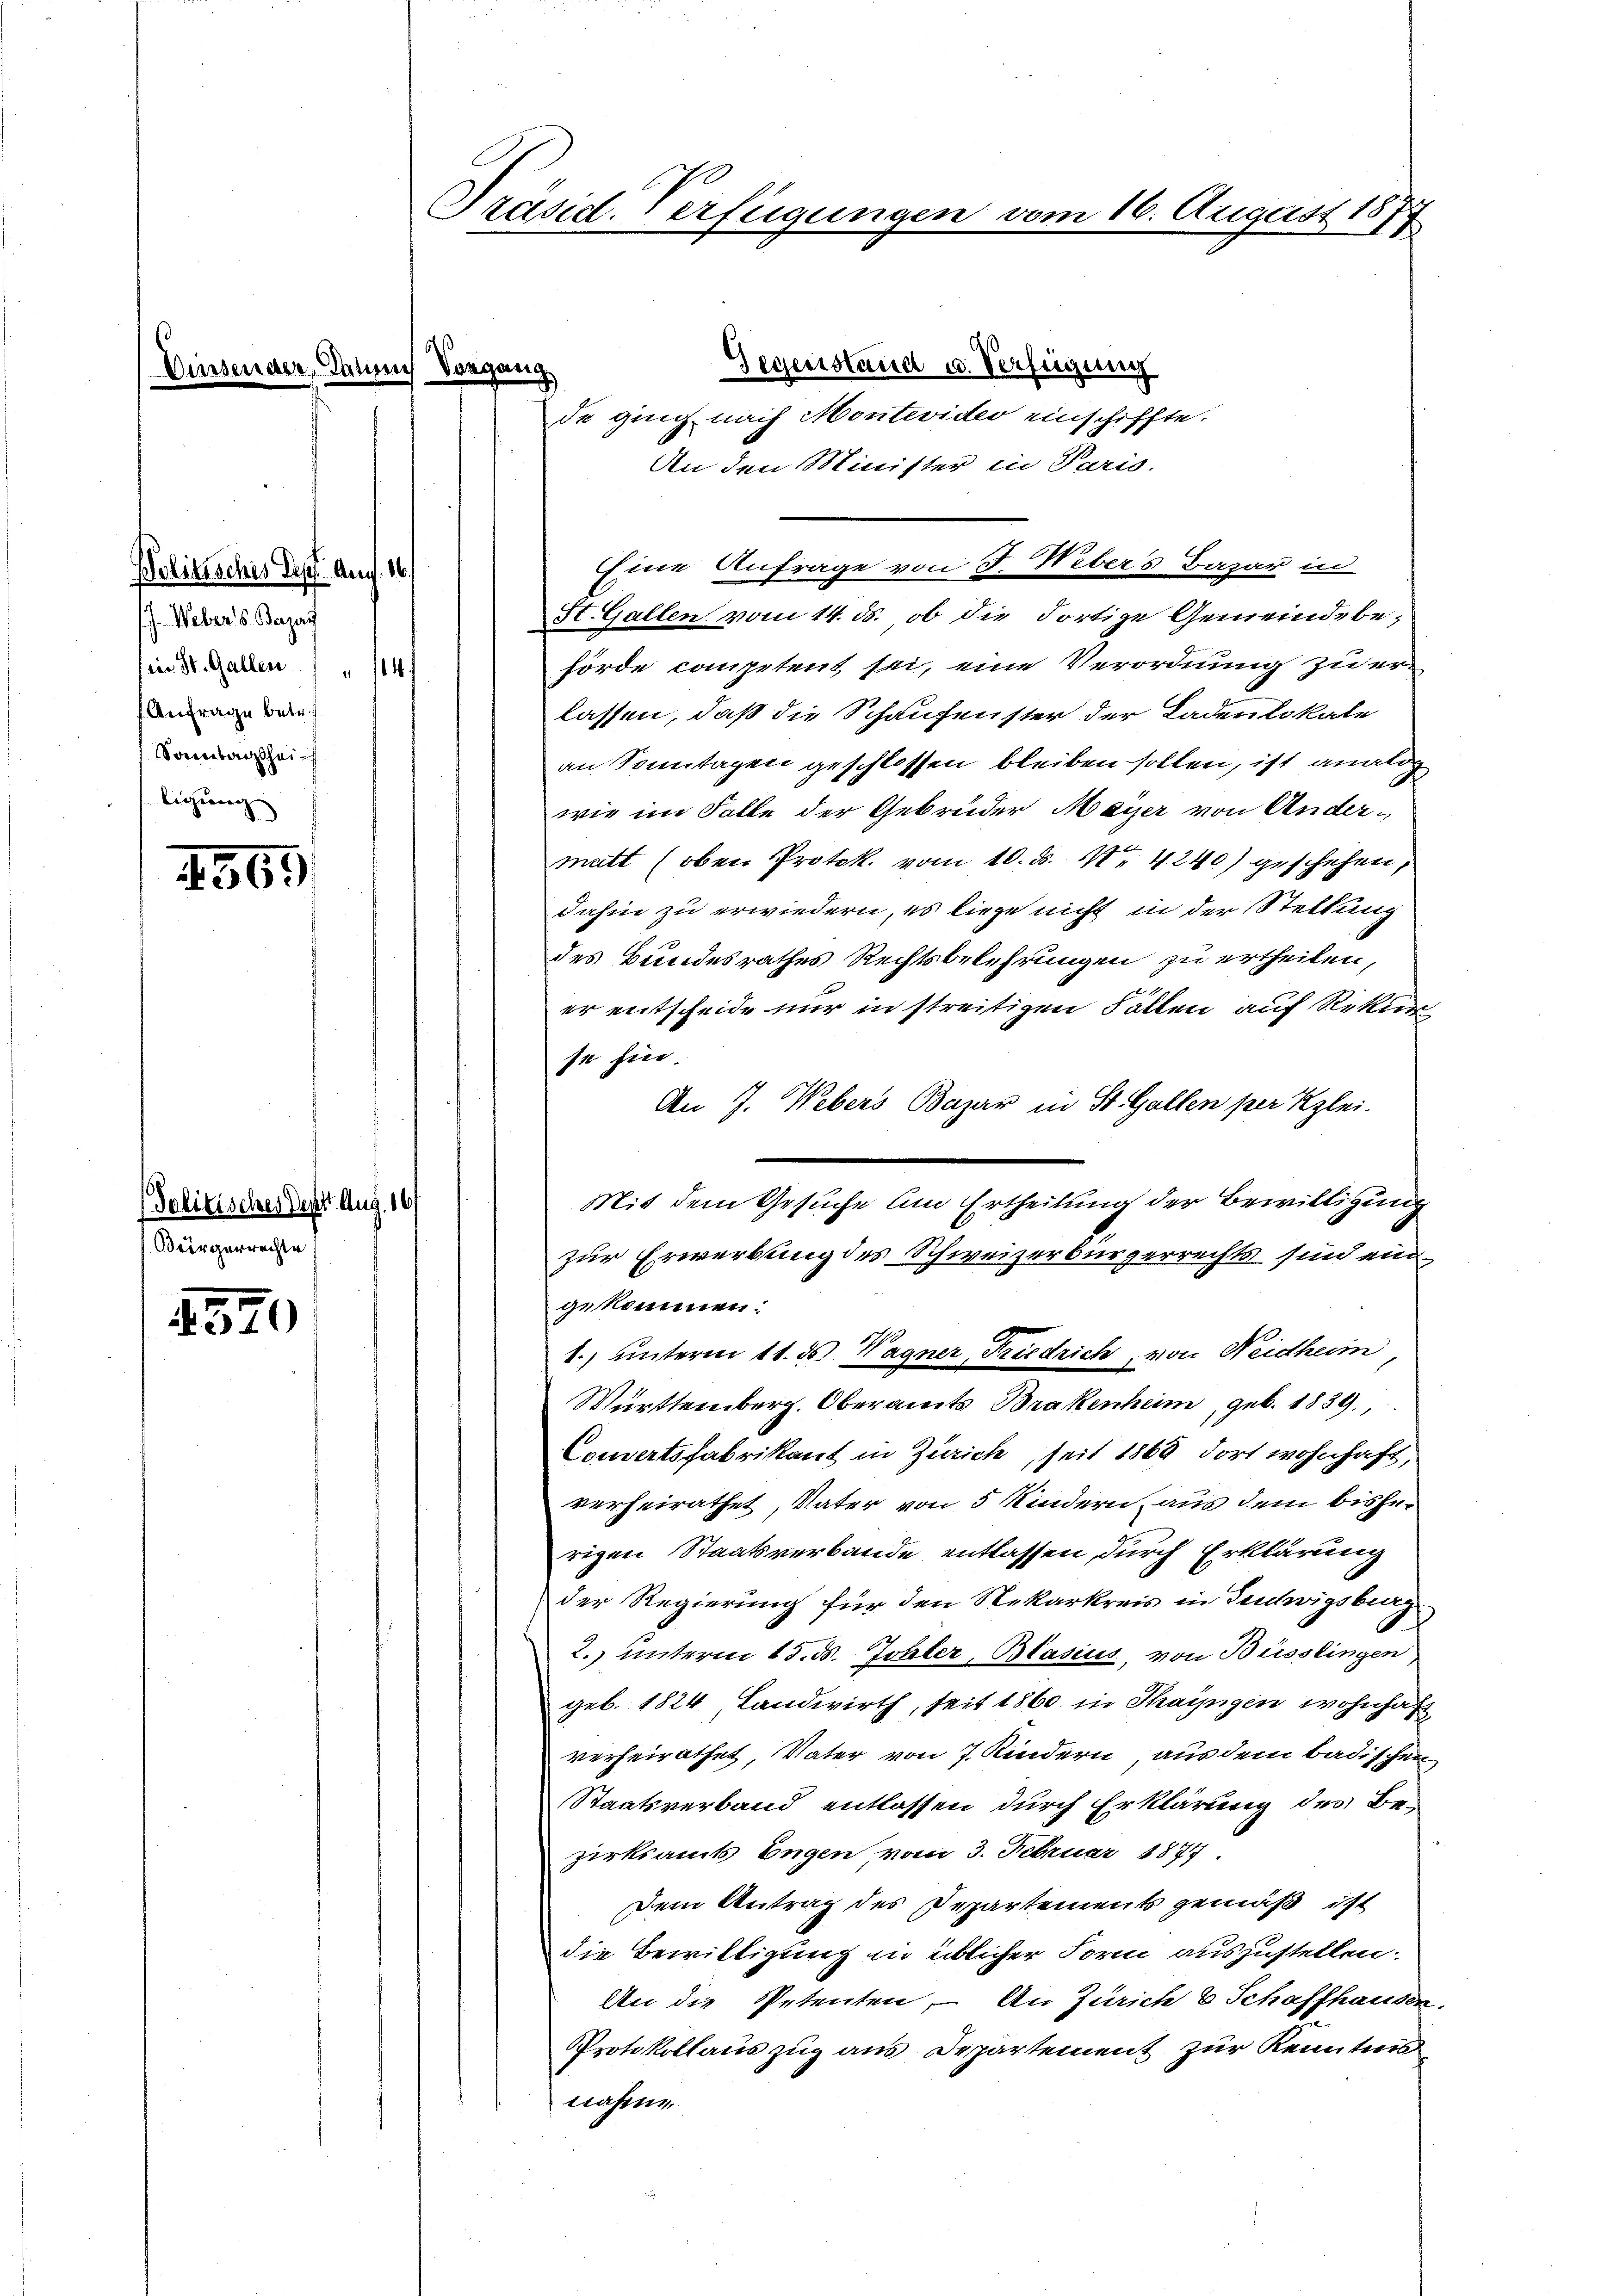
Politisches Dr. Aug. 16.
 Weber s. Beza
in St. Gallen 14
Anfrage betr.
Samtagtheiligung

4569

4570

Gegenstand u. Verfügung
e. Danach Vorgang
de ging nach Montevider einschiffte.
An den Minister in Paris.
H. Gallen vom 14. ds. ob die dortige Gemeindebehörde competent sei, eine Verordnung zu erlassen, daß die Schaufenster der Ladenlokale
an Sonntagen geschlossen bleiben sollen, ist analog
wie im Falle der Gebrüder Mayer von Andermatt (oben Protok. vom 10. ds. No 4240) geschehen,
dahin zu erwiedern, es liege nicht in der Stellung
des Bundesrathes Rechtsbelehrungen zu ertheilen,
er entscheide nur in streitigen Fällen auf Rekurse hin
An J. Webers Bazar in St. Gallen per Klei
zur Erwerbung des Schweizerbürgerrechts sind eingekommen:
1.) unterm 11. ds Wagner, Friedrich, von Neidheim
Württemberg. Oberamts Brakenheim, geb. 1839.
Comertsfabrikant in Zürich, seit 1868 dort wohnhaft,
verheirathet, Vater von 5 Kindern aus dem bisherigen Staatsverbande entlassen, durch Erklärung
der Regierung für den Nekarkreis in Tentwigsburg
2.) unterm 15. d. Johler, Blasius, von Büsslingen
geb. 1824, Landwirth, seit 1860 in Thayngen wohnhafverheirathet, Vater von 7 Kindern aus dem badischen
Staatsverband entlassen durch Erklärung des Be-
zirksamts Engen vom 3. Februar 1877.
Dem Antrag des Departements gemäß ist
die Bewilligung in üblicher Form auszustellen.
An die Petenten, – An Zürich & Schaffhausen
Protokollauszug aus Departement zur Kenntnis
nahne

Politisches Deput. Aug. 16/
Bürgerrechte

Präsid. Verfügungen vom 16. August 1877

Eine Anfrage von J. Webers Bazar in

Mit dem Gesuche am Ertheilung der Bewilligung